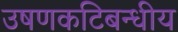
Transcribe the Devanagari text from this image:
उषणकटिबन्धीय